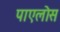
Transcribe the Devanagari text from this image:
पाएलोस